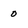
Character: 0